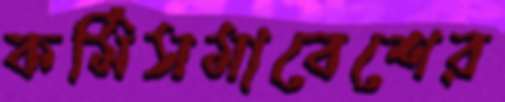
কর্মিসমাবেশের